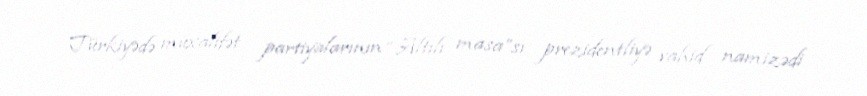
Türkiyədə müxalifət partiyalarının “Altılı masa”sı prezidentliyə vahid namizədi